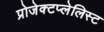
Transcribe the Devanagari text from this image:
प्रोजेक्टप्लेलिस्ट